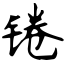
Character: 锩